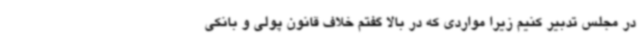
در مجلس تدبیر کنیم زیرا مواردی که در بالا گفتم خلاف قانون پولی و بانکی